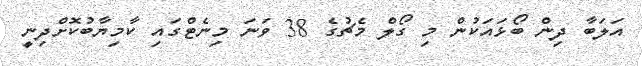
އަލަބާ ދިން ބޯޅައަކުން މި ގޯލް މެޗުގެ 38 ވަނަ މިނެޓްގައި ކާމިޔާބުކޮށްދިނީ